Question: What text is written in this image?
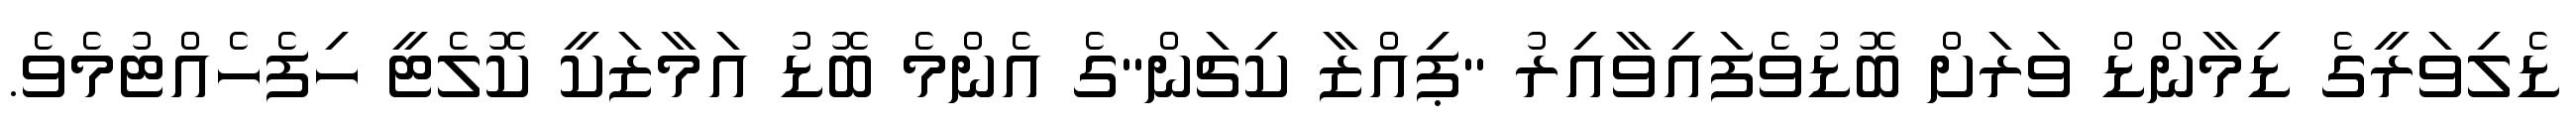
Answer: ޑެލިވަރީގެ ޑިމާންޑް ވަރަށް ބޮޑުވެފައިވާއިރު "ޕިއްޒާ ކިޗަން"ގެ އެންމެ ބޮޑު އަމާޒަކީ ކޮލެޓީ ހިފެހެއްޓުމެވެ.